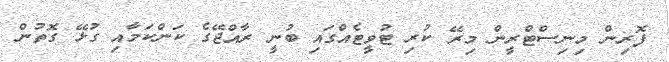
ފޮރިން މިނިސްޓްރީން މިރޭ ކުރި ޓުވީޓެއްގައި ބުނީ ރާއްޖޭގެ ކަންކަމާއި ގުޅޭ ގޮތުން